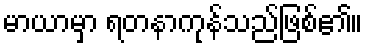
မာယာမှာ ရတနာကုန်သည်ဖြစ်၏။